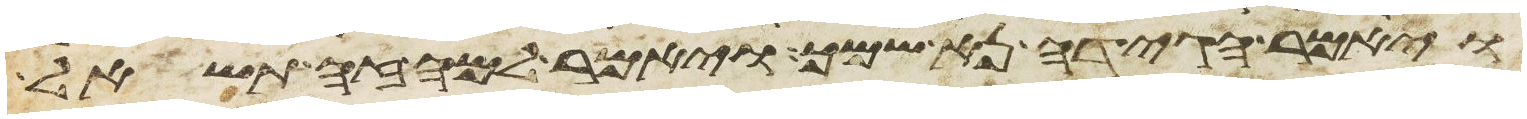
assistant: ויאמר הגידה נא שמך ויאמר למה זה תשאל